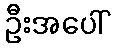
ဦးအပေါ်